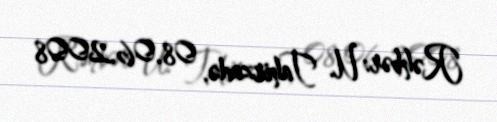
Rəhbər: U. Tahirzadə, 08.06.2008